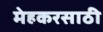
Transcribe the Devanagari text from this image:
मेहकरसाठी